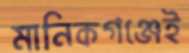
মানিকগঞ্জেই